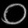
Digit: ၀